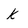
Character: k